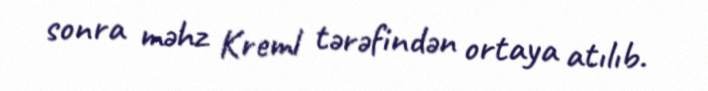
sonra məhz Kreml tərəfindən ortaya atılıb.